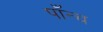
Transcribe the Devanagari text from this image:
पाँन्च